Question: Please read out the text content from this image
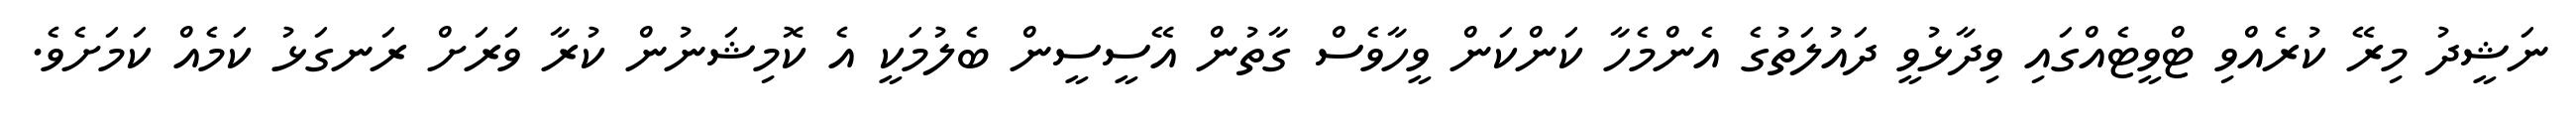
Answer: ނަޝީދު މިރޭ ކުރެއްވި ޓްވީޓެއްގައި ވިދާޅުވީ ދައުލަތުގެ އެންމެހާ ކަންކަން ވީހާވެސް ގާތުން އޭސީސީން ބެލުމަކީ އެ ކޮމިޝަނުން ކުރާ ވަރަށް ރަނގަޅު ކަމެއް ކަމަށެވެ.